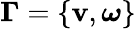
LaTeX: {\mathbf{\Gamma}}=\{ \mathbf{v},\boldsymbol{\omega}\}